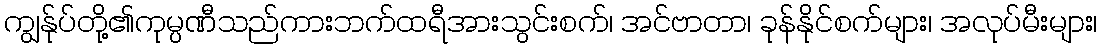
ကျွန်ုပ်တို့၏ကုမ္ပဏီသည်ကားဘက်ထရီအားသွင်းစက်၊ အင်ဗာတာ၊ ခုန်နိုင်စက်များ၊ အလုပ်မီးများ၊